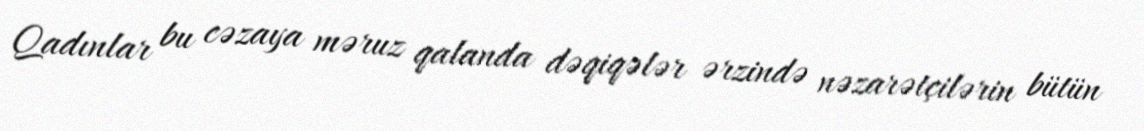
Qadınlar bu cəzaya məruz qalanda dəqiqələr ərzində nəzarətçilərin bütün